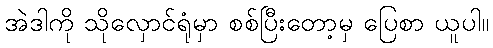
အဲဒါကို သိုလှောင်ရုံမှာ စစ်ပြီးတော့မှ ပြေစာ ယူပါ။